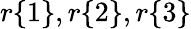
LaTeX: r\{ 1\} ,r\{ 2\} ,r\{ 3\}